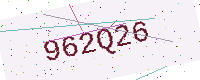
Text: 962Q26